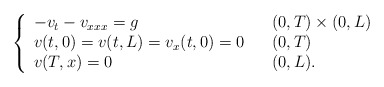
\begin{align*}\left\{\begin{array}[c]{lll}-v_{t}-v_{xxx}=g & & ( 0,T) \times( 0,L)\\v( t,0) =v( t,L) =v_{x}( t,0) =0 & &( 0,T) \\v( T,x) =0 & & ( 0,L) .\end{array}\right. \end{align*}